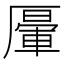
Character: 𠪷